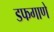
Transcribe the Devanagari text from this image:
डफगाणे